Subject: stat
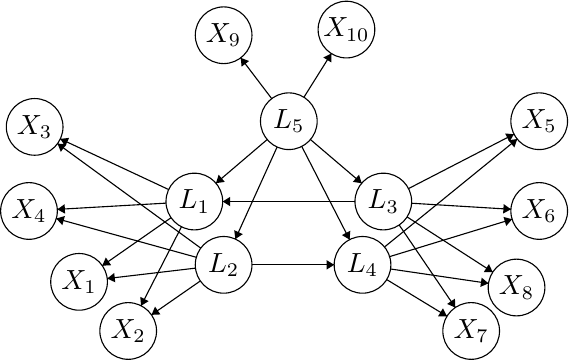
LaTeX code:
\begin{tikzpicture}[scale=0.12]
\tikzstyle{every node}+=[inner sep=0pt]
\draw [black] (66.1,-15.6) circle (3);
\draw (66.1,-15.6) node {$X_5$};
\draw [black] (66.1,-25.1) circle (3);
\draw (66.1,-25.1) node {$X_6$};
\draw [black] (12.1,-25.1) circle (3);
\draw (12.1,-25.1) node {$X_4$};
\draw [black] (12.7,-16.2) circle (3);
\draw (12.7,-16.2) node {$X_3$};
\draw [black] (17.4,-32.6) circle (3);
\draw (17.4,-32.6) node {$X_1$};
\draw [black] (63.7,-33.2) circle (3);
\draw (63.7,-33.2) node {$X_8$};
\draw [black] (29.6,-24.1) circle (3);
\draw (29.6,-24.1) node {$L_1$};
\draw [black] (58.9,-37.8) circle (3);
\draw (58.9,-37.8) node {$X_7$};
\draw [black] (49.6,-24.1) circle (3);
\draw (49.6,-24.1) node {$L_3$};
\draw [black] (22.6,-37.8) circle (3);
\draw (22.6,-37.8) node {$X_2$};
\draw [black] (32.7,-30.8) circle (3);
\draw (32.7,-30.8) node {$L_2$};
\draw [black] (47.4,-30.8) circle (3);
\draw (47.4,-30.8) node {$L_4$};
\draw [black] (39.6,-15.6) circle (3);
\draw (39.6,-15.6) node {$L_5$};
\draw [black] (32.7,-6.5) circle (3);
\draw (32.7,-6.5) node {$X_9$};
\draw [black] (45.7,-5.9) circle (3);
\draw (45.7,-5.9) node {$X_{10}$};
\draw [black] (26.88,-22.83) -- (15.42,-17.47);
\fill [black] (15.42,-17.47) -- (15.93,-18.26) -- (16.35,-17.36);
\draw [black] (26.6,-24.27) -- (15.1,-24.93);
\fill [black] (15.1,-24.93) -- (15.92,-25.38) -- (15.87,-24.38);
\draw [black] (27.14,-25.81) -- (19.86,-30.89);
\fill [black] (19.86,-30.89) -- (20.8,-30.84) -- (20.23,-30.02);
\draw [black] (52.12,-25.73) -- (61.18,-31.57);
\fill [black] (61.18,-31.57) -- (60.78,-30.72) -- (60.24,-31.56);
\draw [black] (51.28,-26.58) -- (57.22,-35.32);
\fill [black] (57.22,-35.32) -- (57.18,-34.38) -- (56.35,-34.94);
\draw [black] (46.6,-24.1) -- (32.6,-24.1);
\fill [black] (32.6,-24.1) -- (33.4,-24.6) -- (33.4,-23.6);
\draw [black] (28.24,-26.77) -- (23.96,-35.13);
\fill [black] (23.96,-35.13) -- (24.77,-34.64) -- (23.88,-34.19);
\draw [black] (29.81,-30) -- (14.99,-25.9);
\fill [black] (14.99,-25.9) -- (15.63,-26.6) -- (15.9,-25.63);
\draw [black] (30.28,-29.03) -- (15.12,-17.97);
\fill [black] (15.12,-17.97) -- (15.47,-18.84) -- (16.06,-18.04);
\draw [black] (29.72,-31.15) -- (20.38,-32.25);
\fill [black] (20.38,-32.25) -- (21.23,-32.65) -- (21.12,-31.66);
\draw [black] (30.23,-32.51) -- (25.07,-36.09);
\fill [black] (25.07,-36.09) -- (26.01,-36.05) -- (25.44,-35.22);
\draw [black] (50.37,-31.24) -- (60.73,-32.76);
\fill [black] (60.73,-32.76) -- (60.01,-32.15) -- (59.87,-33.14);
\draw [black] (49.96,-32.36) -- (56.34,-36.24);
\fill [black] (56.34,-36.24) -- (55.91,-35.4) -- (55.39,-36.25);
\draw [black] (50.27,-29.93) -- (63.23,-25.97);
\fill [black] (63.23,-25.97) -- (62.32,-25.73) -- (62.61,-26.69);
\draw [black] (49.73,-28.91) -- (63.77,-17.49);
\fill [black] (63.77,-17.49) -- (62.84,-17.61) -- (63.47,-18.38);
\draw [black] (35.7,-30.8) -- (44.4,-30.8);
\fill [black] (44.4,-30.8) -- (43.6,-30.3) -- (43.6,-31.3);
\draw [black] (52.27,-22.73) -- (63.43,-16.97);
\fill [black] (63.43,-16.97) -- (62.49,-16.9) -- (62.95,-17.78);
\draw [black] (52.59,-24.28) -- (63.11,-24.92);
\fill [black] (63.11,-24.92) -- (62.34,-24.37) -- (62.28,-25.37);
\draw [black] (41.2,-13.06) -- (44.1,-8.44);
\fill [black] (44.1,-8.44) -- (43.25,-8.85) -- (44.1,-9.38);
\draw [black] (37.79,-13.21) -- (34.51,-8.89);
\fill [black] (34.51,-8.89) -- (34.6,-9.83) -- (35.39,-9.23);
\draw [black] (37.31,-17.54) -- (31.89,-22.16);
\fill [black] (31.89,-22.16) -- (32.82,-22.02) -- (32.17,-21.26);
\draw [black] (38.36,-18.33) -- (33.94,-28.07);
\fill [black] (33.94,-28.07) -- (34.73,-27.55) -- (33.82,-27.13);
\draw [black] (41.89,-17.54) -- (47.31,-22.16);
\fill [black] (47.31,-22.16) -- (47.03,-21.26) -- (46.38,-22.02);
\draw [black] (40.97,-18.27) -- (46.03,-28.13);
\fill [black] (46.03,-28.13) -- (46.11,-27.19) -- (45.22,-27.65);
\end{tikzpicture}